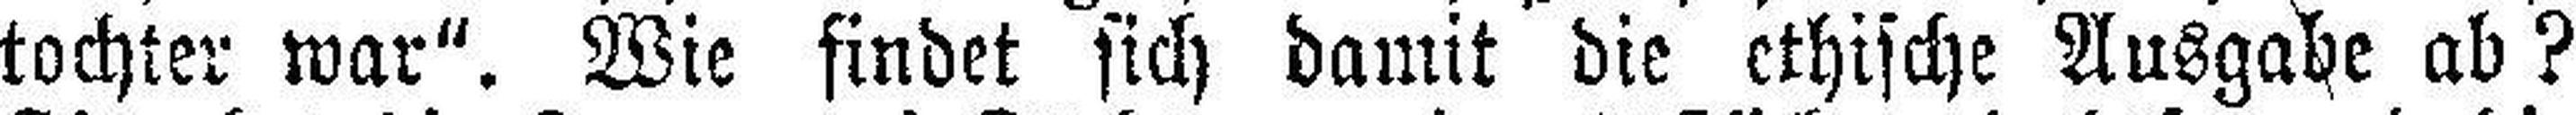
tochter war“. Wie findet sich damit die ethische Ausgabe ab?